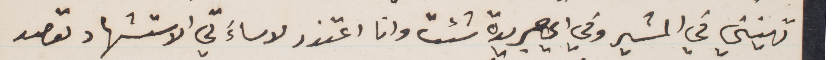
تهينني في المشير وفي أي جريدة شئت وانا اعتذر لو ساء لي الاستشهاد تقصد